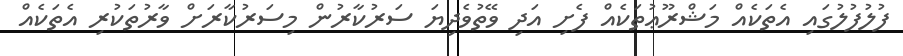
ފުލުފުލުގައި އެތަކެއް މަޝްރޫޢުތަކެއް ފެށި އަދި ވޭތުވެދިޔަ ސަރުކާރުން މިސަރުކާރަށް ވާރުތަކުރި އެތަކެއް